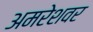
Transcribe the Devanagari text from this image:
अमरेशवर